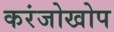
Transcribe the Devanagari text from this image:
करंजोखोप